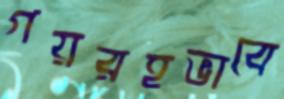
গয়রহভাবে